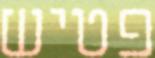
פטיש